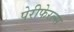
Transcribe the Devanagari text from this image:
पेरीफेरल्स